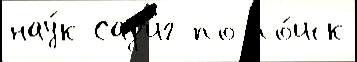
нау́к Сад'иг по по́иск